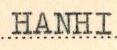
HANHI